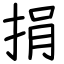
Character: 捐